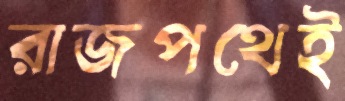
রাজপথেই